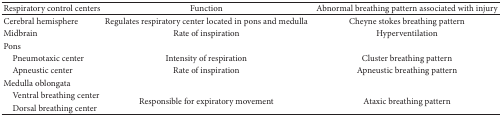
| Respiratory control centers | Function | Abnormal breathing pattern associated with injury |
 | --- | --- | --- |
 | Cerebral hemisphere | Regulates respiratory center located in pons and medulla | Cheyne stokes breathing pattern |
 | Midbrain | Rate of inspiration | Hyperventilation |
 | Pons |  |  |
 | Pneumotaxic center | Intensity of respiration | Cluster breathing pattern |
 | Apneustic center | Rate of inspiration | Apneustic breathing pattern |
 | Medulla oblongata |  |  |
 | Ventral breathing center | <ROWSPAN=2> Responsible for expiratory movement | <ROWSPAN=2> Ataxic breathing pattern |
 | Dorsal breathing center |